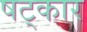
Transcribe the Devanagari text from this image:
षट्‌कार